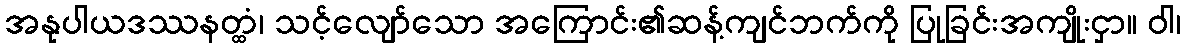
အနုပါယဒဿနတ္ထံ၊ သင့်လျော်သော အကြောင်း၏ဆန့်ကျင်ဘက်ကို ပြုခြင်းအကျိုးငှာ။ ဝါ၊